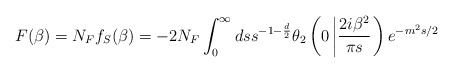
\begin{align*}F(\beta)=N_{F}f_{S}(\beta)=-2N_{F}\int_{0}^{\infty}ds s^{-1-\frac{d}{2}}\theta_{2}\left(0\left|\frac{2i\beta^{2}}{\pi s}\right.\right)e^{-m^{2}s/2}\end{align*}